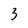
Character: 3